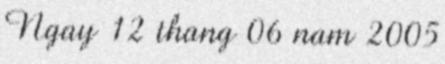
Ngay 12 thang 06 nam 2005